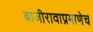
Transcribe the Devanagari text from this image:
बाजीरावाप्रमाणेच